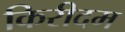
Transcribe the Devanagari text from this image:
किरीदम